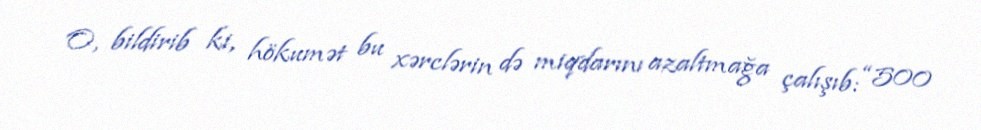
O, bildirib ki, hökumət bu xərclərin də miqdarını azaltmağa çalışıb: “500